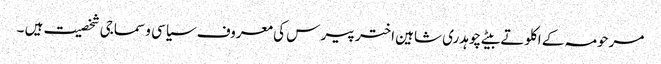
مرحومہ کے اکلوتے بیٹے چوہدری شاہین اختر پیر س کی معروف سیاسی و سماجی شخصیت ہیں ۔